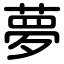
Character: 夢